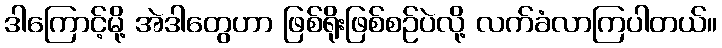
ဒါကြောင့်မို့ အဲဒါတွေဟာ ဖြစ်ရိုးဖြစ်စဉ်ပဲလို့ လက်ခံလာကြပါတယ်။